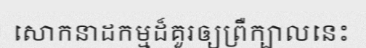
សោកនាដកម្មដ៏គួរឲ្យព្រឺក្បាលនេះ